Vital statistics of India. Vol. V, Reports of 1876 on armies & jails and on epidemic cholera
Year: 1876
Disease focus: Cholera
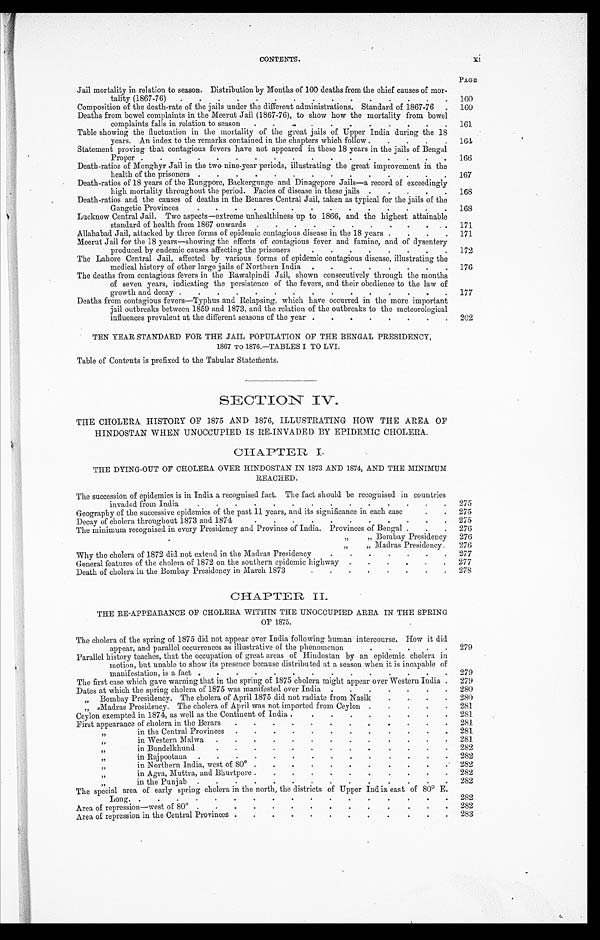
CONTENTS.
PAGE
Jail mortality in relation to season. Distribution by Months of 100 deaths from the chief causes of mor -
tality (1867-76) . . .
160
Composition of the death-rate of the jails under the different administrations. Standard of 1867-76.
160
Deaths from bowel complaints in the Meerut Jail (1867-76), to show how the mortality from bowel
complaints falls in relation to season . . .
161
Table showing the fluctuation in the mortality of the great jails of Upper India during the 18
years. An index to the remarks contained in the chapters which follow . . .
164
Statement proving that contagious fevers have not appeared in these 18 years in the jails of Bengal
Proper . . .
166
Death-ratios of Monghyr Jail in the two nine-year periods, illustrating the great improvement in the
health of the prisoners . . .
167
Death-ratios of 18 years of the Rungpore, Backergunge and Dinagepore Jails—a record of exceedingly
high mortality throughout the period. Facies of disease in these jails . . .
168
Death-ratios and the causes of deaths in the Benares Central Jail, taken as typical for the jails of the
Gangetic Provinces . . .
168
Lucknow Central Jail. Two aspects—extreme unhealthiness up to 1866, and the highest attainable
standard of health from 1867 onwards . . .
171
Allababad Jail, attacked by three forms of epidemic contagious disease in the 18 years . . .
171
Meerut Jail for the 18 years—showing the effects of contagious fever and famine, and of dysentery
produced by endemic causes affecting the prisoners . . .
172
The Lahore Central Jail, affected by various forms of epidemic contagious disease, illustrating the
medical history of other large jails of Northern India . . .
176
The deaths from contagious fevers in the Rawalpindi Jail, shown consecutively through the months
of seven years, indicating the persistence of the fevers, and their obedience to the law of
growth and decay . . .
177
Deaths from contagious fevers—Typhus and Relapsing, which have occurred in the more important
jail outbreaks between 1859 and 1873, and the relation of the outbreaks to the meteorological
influences prevalent at the different seasons of the year . . .
202
TEN YEAR STANDARD FOR THE JAIL POPULATION OF THE BENGAL PRESIDENCY,
1867 TO 1876.—TABLES I TO LVI.
Table of Contents is prefixed to the Tabular Statements.
SECTION IV.
THE CHOLERA HISTORY OF 1875 AND 1876, ILLUSTRATING HOW THE AREA OF
HINDOSTAN WHEN UNOCCUPIED IS RE-INVADED BY EPIDEMIC CHOLERA.
C H A P T
E R I .
THE DYING-OUT OF CHOLERA OVER HINDOSTAN IN 1873 AND 1874, AND THE MINIMUM
REACHED.
The succession of epidemics is in India a recognised fact. The fact should be recognised in countries
invaded from India . . .
275
Geography of the successive epidemics of the past 11 years, and its significance in each case . . .
275
D e c a y o f c h o l e r a t h r o u g h o u t 1 8 7 3 a n d 1 8 7 4 . . .
2 7 5
The minimum recognised in every Presidency and Province of India. Provinces of Bengal . . .
2 7 6
" " Bombay Presidency
276
" " Madras Presidency.
276
Why the cholera of 1872 did not extend in the Madras Presidency . . .
277
General features of the cholera of 1872 on the southern epidemic highway . . .
277
Death of cholera in the Bombay Presidency in March 1873 . . .
278
CHAPTER II.
THE RE-APPEARANCE OF CHOLERA WITHIN THE UNOCCUPIED AREA IN THE SPRING
OF 1875.
The cholera of the spring of 1875 did not appear over India following human intercourse. How it did
appear, and parallel occurrences as illustrative of the phenomenon . . .
279
Parallel history teaches, that the occupation of great areas of Hindostan by an epidemic cholera in
motion, but unable to show its presence because distributed at a season when it is incapable of
manifestation, is a fact . . .
279
The first case which gave warning that in the spring of 1875 cholera might appear over Western India.
279
Dates at which the spring cholera of 1875 was manifested over India . . .
280
" Bombay Presidency. The cholera of April 1875 did not radiate from Nasik . . .
2 8 0
" Madras Presidency. The cholera of April was not imported from Ceylon . . .
281
Ceylon exempted in 1874, as well as the Continent of India . . .
281
First appearance of cholera in the Berars . . .
281
" in the Central Provinces . . .
281
" in Western Malwa . . .
281
" in Bundelkhund . . .
282
" in Rajpootana . . .
282
" in Northern India, west of 80° . . .
282
" in Agra, Muttra, and Bhurtpore . . .
282
" i n t h e P u n j a b . . .
282
The special area of early spring cholera in the north, the districts of Upper India east of 80° E.
Long.
.
.
.
282
Area of repression—west of 80° . . .
282
Area of repression in the Central Provinces . . .
283